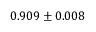
0 . 9 0 9 \pm 0 . 0 0 8